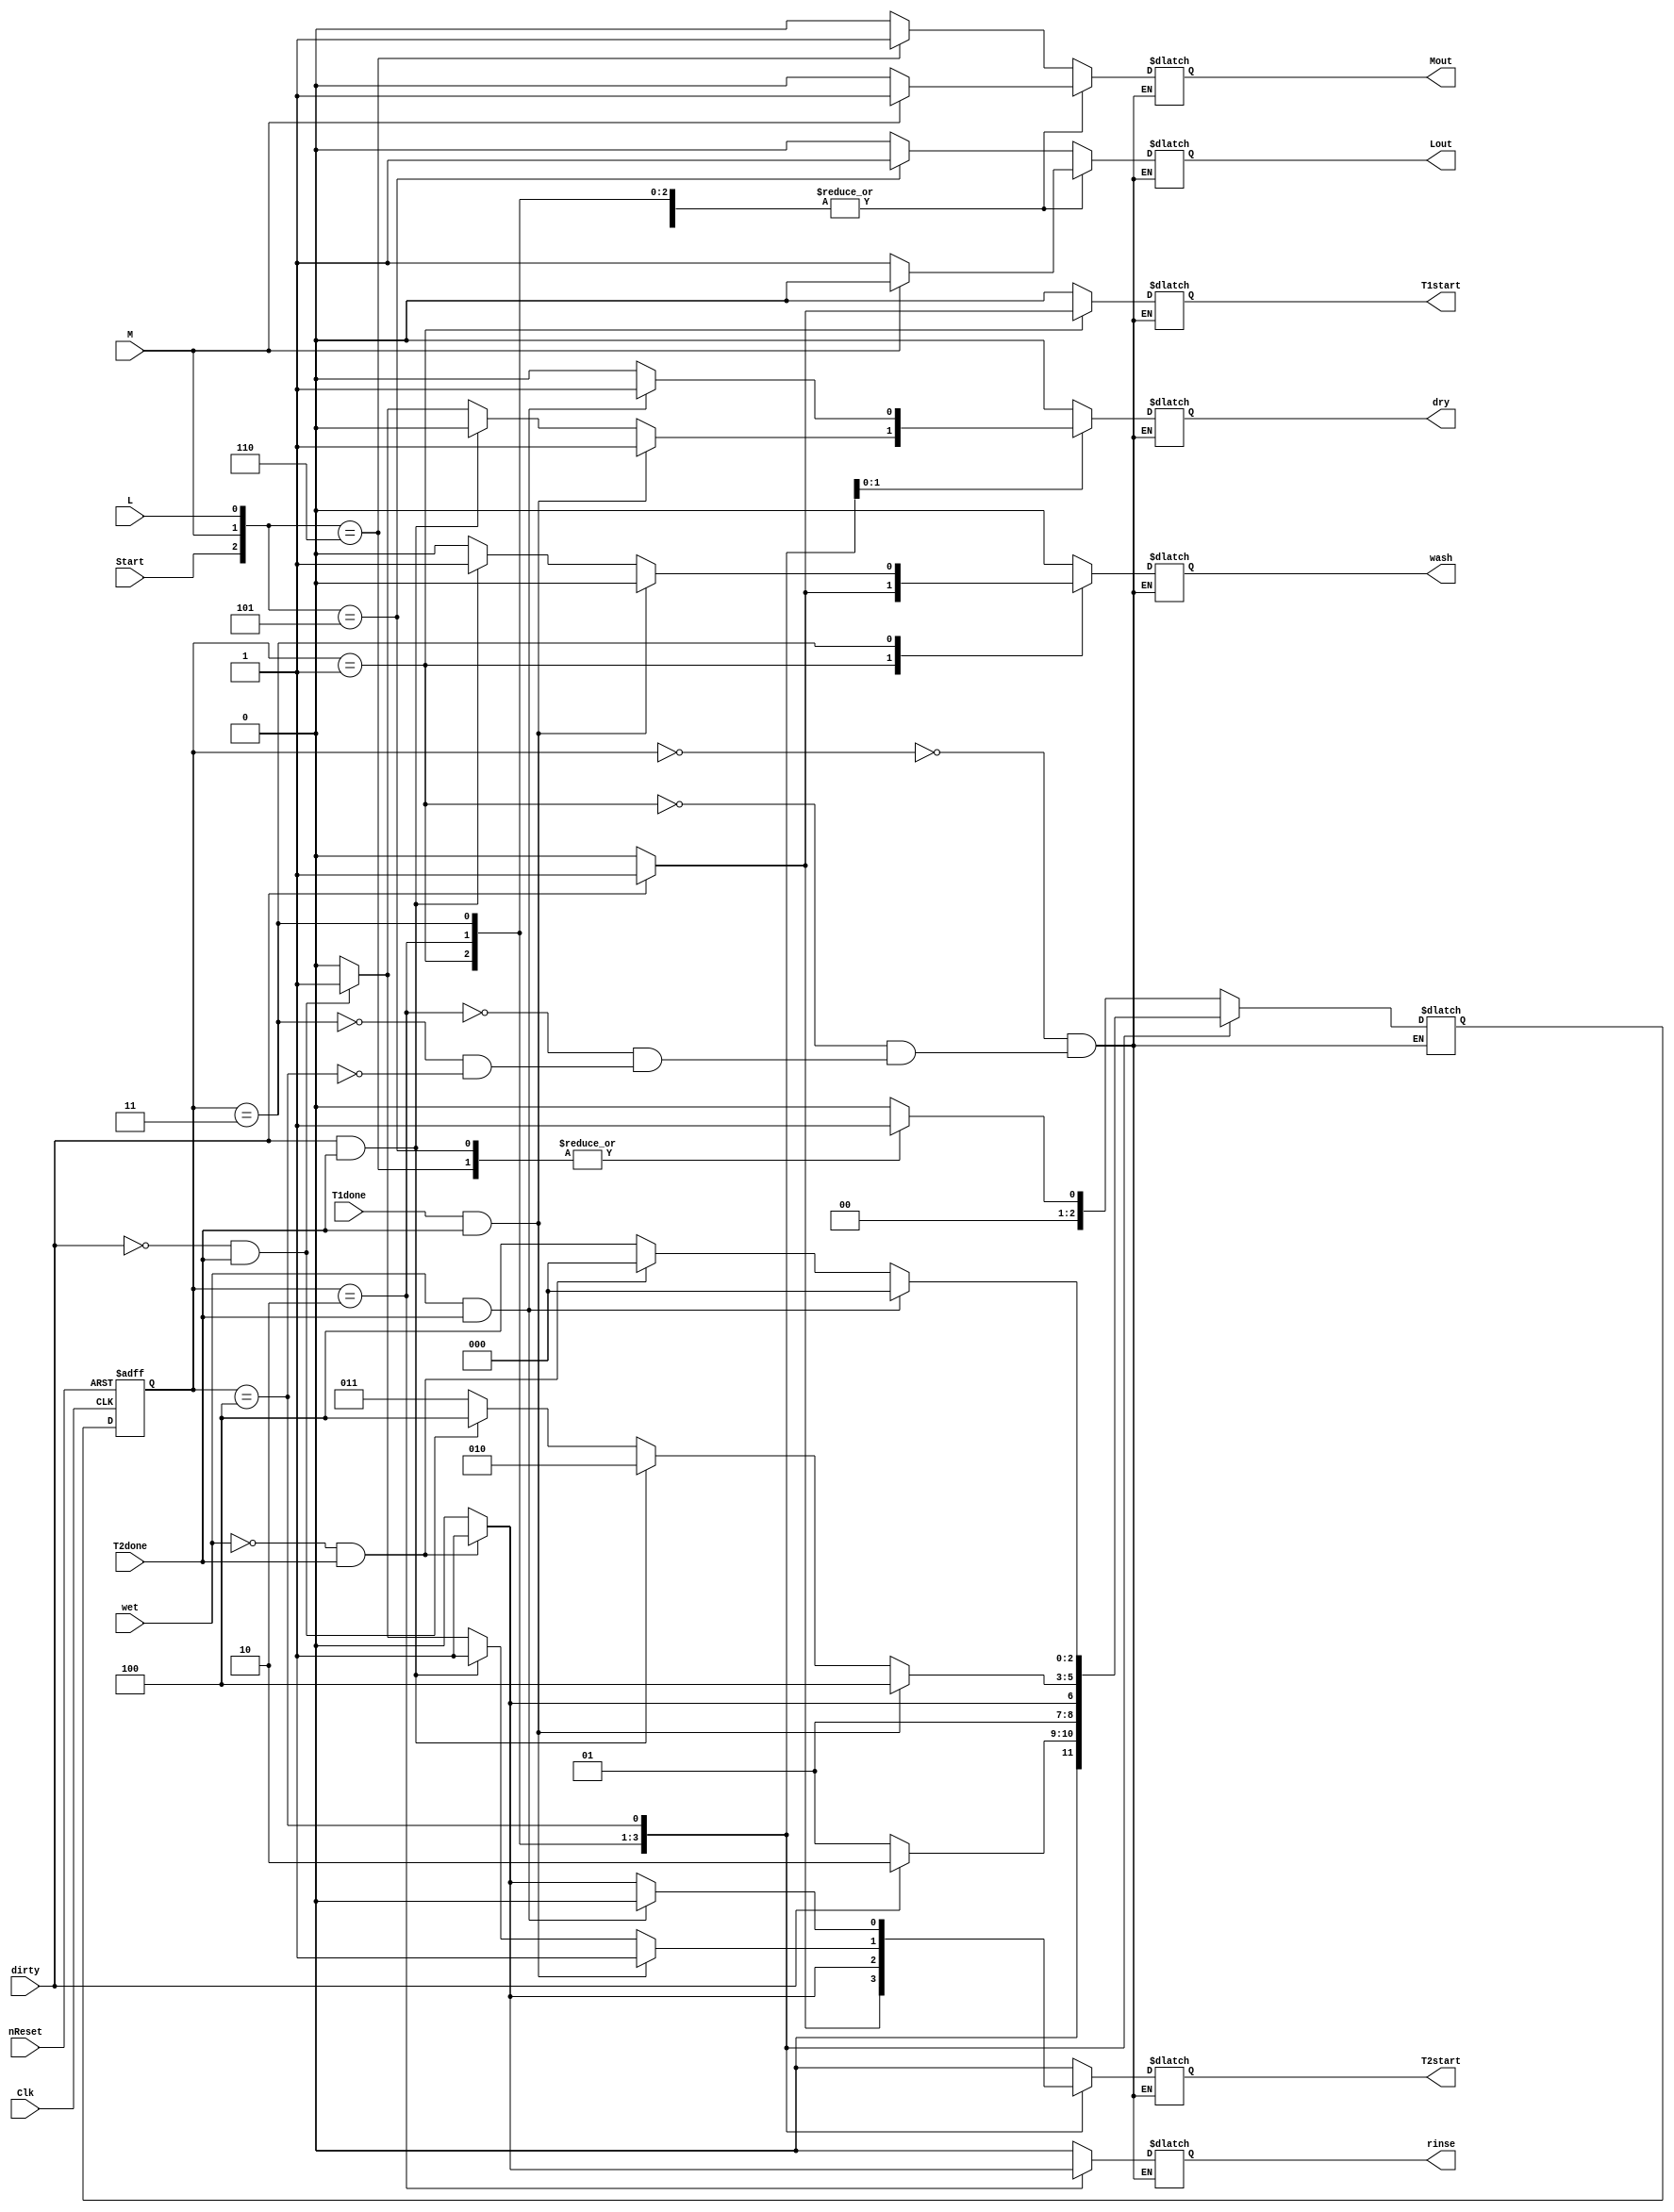
`timescale 1ns/1ps
module machine(Clk, nReset, Start, M, L, dirty, wet, T1done, T2done, Mout, Lout, wash, rinse, dry, T1start, T2start);


	input Clk, nReset, Start, M, L, dirty, wet, T1done, T2done;
	output reg Mout, Lout, wash, rinse, dry, T1start, T2start;


	reg[2:0] cstate, nstate;

	parameter A = 4'b0000; 	//determine load size or Standby	
	parameter B = 4'b0001; 	//med load		
	parameter C = 4'b0010; 	//large load
	parameter D	= 4'b0011; 		
	parameter E = 4'b0100; 		
	parameter F = 4'b0101; 		
	parameter G = 4'b0110; 		
	parameter H = 4'b0111; 			
	parameter I = 4'b1000; 		
	parameter J = 4'b1001; 		
	parameter K	= 4'b1010; 		


	always @ (negedge Clk or negedge nReset) 
	begin
		if(!nReset)
			cstate <= A;		
		else
			cstate <= nstate;
	end

	always @ (*)
	begin

		case(cstate)

			A:		case({Start,M,L})
						3'b110:		begin	nstate <= B; 	{Mout, Lout, wash, rinse, dry, T1start, T2start} <= 7'b1000000; end
						3'b101:		begin	nstate <= B;	{Mout, Lout, wash, rinse, dry, T1start, T2start} <= 7'b0100000; end
						default:	begin	nstate <= A;	{Mout, Lout, wash, rinse, dry, T1start, T2start} <= 7'b0000000; end

					endcase

			B:	begin
					if(dirty)			
						begin
						nstate <= C;
						if(M)
							{Mout, Lout, wash, rinse, dry, T1start, T2start} <= 7'b1010011;
						else
							{Mout, Lout, wash, rinse, dry, T1start, T2start} <= 7'b0110011;

						
						end

					else
						begin 
						nstate <= B;
						if(M)
							{Mout, Lout, wash, rinse, dry, T1start, T2start} <= 7'b1000000;
						else
							{Mout, Lout, wash, rinse, dry, T1start, T2start} <= 7'b0100000;

						
						end
				end

			C:	begin
						if(T2done == 1 && wet ==0)
						begin
						nstate<=D;
							if(M)
								{Mout, Lout, wash, rinse, dry, T1start, T2start} <= 7'b1001001;
							else
								{Mout, Lout, wash, rinse, dry, T1start, T2start} <= 7'b0101001;
										
						end	

					else	
						begin
						nstate <= C;
						if(M)
							{Mout, Lout, wash, rinse, dry, T1start, T2start} <= 7'b1000000;
						else
							{Mout, Lout, wash, rinse, dry, T1start, T2start} <= 7'b0100000;

						end
				end

			D:	begin
					if(T1done == 1 && T2done == 1)

						begin
							nstate<=E;
							if(M)
								{Mout, Lout, wash, rinse, dry, T1start, T2start} <= 7'b1000101;
							else
								{Mout, Lout, wash, rinse, dry, T1start, T2start} <= 7'b0100101;
					end

					else if(dirty == 1 && T2done == 1)

						begin
							nstate<=C;
							if(M)
								{Mout, Lout, wash, rinse, dry, T1start, T2start} <= 7'b1010001;
							else
								{Mout, Lout, wash, rinse, dry, T1start, T2start} <= 7'b0110001;		
					end

					else if(dirty == 0 && T2done == 1)

						begin
							nstate<=E;
							if(M)
								{Mout, Lout, wash, rinse, dry, T1start, T2start} <= 7'b1000101;
							else
								{Mout, Lout, wash, rinse, dry, T1start, T2start} <= 7'b0100101;
						end

					else

						begin
							nstate<=D;
							if(M)
								{Mout, Lout, wash, rinse, dry, T1start, T2start} <= 7'b1000000;
							else
								{Mout, Lout, wash, rinse, dry, T1start, T2start} <= 7'b0100000;

						end
				end

			E:	begin
					if(wet ==1 && T2done == 1)
					begin
						nstate<=A;
						if(M)
							{Mout, Lout, wash, rinse, dry, T1start, T2start} <= 7'b1000100;
						else
							{Mout, Lout, wash, rinse, dry, T1start, T2start} <= 7'b0100100;
					end

					else if(wet == 0 && T2done == 1)
					begin
						nstate<=A;
						if(M)
							{Mout, Lout, wash, rinse, dry, T1start, T2start} <= 7'b1000001;
						else
							{Mout, Lout, wash, rinse, dry, T1start, T2start} <= 7'b0100001;
					end

					else
					begin
						nstate<=E;
						if(M)
							{Mout, Lout, wash, rinse, dry, T1start, T2start} <= 7'b1000000;
						else
							{Mout, Lout, wash, rinse, dry, T1start, T2start} <= 7'b0100000;			
					end
				end
					
		endcase	
	end
endmodule